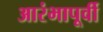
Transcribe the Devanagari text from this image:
आरंभापूर्वी